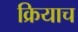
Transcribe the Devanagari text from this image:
क्रियाच